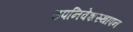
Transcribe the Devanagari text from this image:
उपनिवेशस्थापन